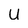
Character: U